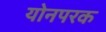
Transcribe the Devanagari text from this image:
योनपरक